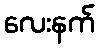
လေးနက်